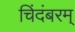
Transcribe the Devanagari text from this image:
चिंदंबरम्